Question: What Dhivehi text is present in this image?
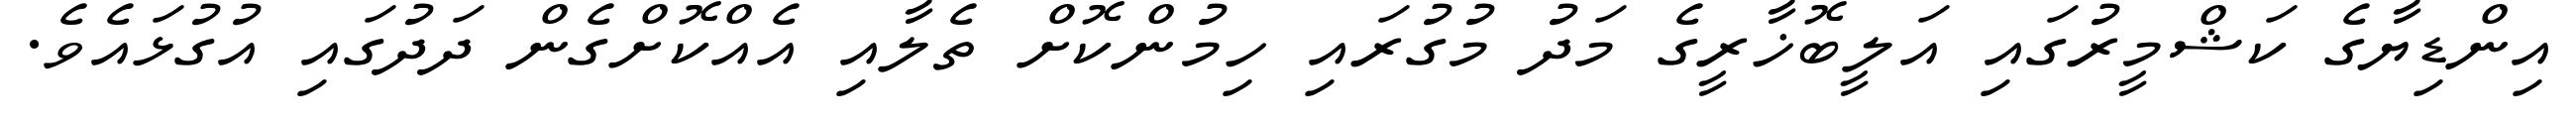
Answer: އިންޑިޔާގެ ކަޝްމީރުގައި އަލީބޮޚާރީގެ މަދު މުގުރައި ހިމުންކޮށް ތެލާއި އެއްކޮށްގެން ދަދުގައި އުގުޅައެވެ.